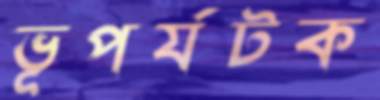
ভূপর্যটক